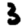
Digit: 3